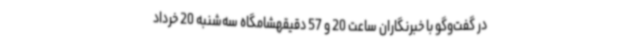
در گفت‌وگو با خبرنگاران ساعت 20 و 57 دقیقهشامگاه سه‌شنبه 20 خرداد